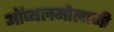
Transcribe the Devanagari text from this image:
ऑप्थलमोलाजी